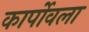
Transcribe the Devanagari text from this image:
कार्पोवला